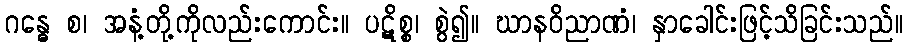
ဂန္ဓေ စ၊ အနံ့တို့ကိုလည်းကောင်း။ ပဋိစ္စ၊ စွဲ၍။ ဃာနဝိညာဏံ၊ နှာခေါင်းဖြင့်သိခြင်းသည်။